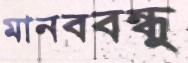
মানববন্ধু